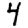
Digit: 4